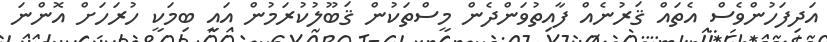
އަދިފަހުންވެސް އެތައް ޤަރުނެއް ފާއިތުވަންދެން މީސްތަކުން ޤަބޫލުކުރަމުން އައީ ބިމަކީ ހުރަހަށް އޮންނަ